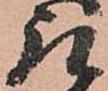
取